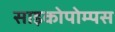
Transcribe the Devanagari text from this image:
साइकोपोम्पस